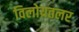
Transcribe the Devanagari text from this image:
विलोयतलर